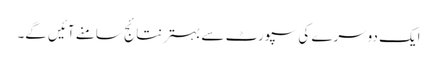
ایک دوسرے کی سپورٹ سے بہترنتائج سامنے آئیں گے۔